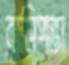
বাসিপন্তা